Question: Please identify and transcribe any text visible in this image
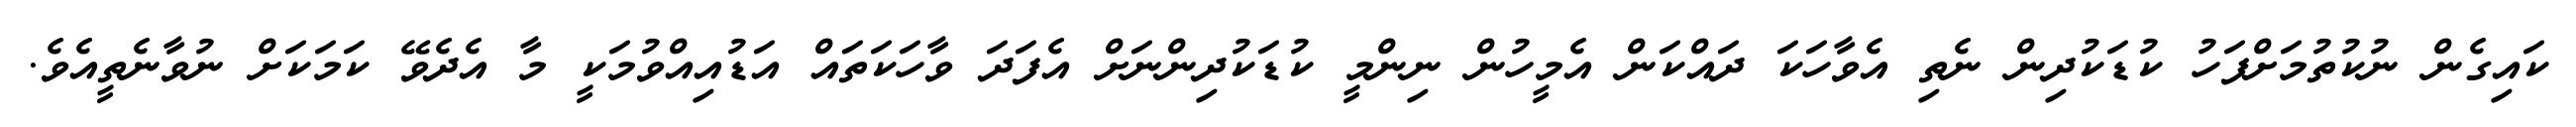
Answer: ކައިގެން ނުކުތުމަށްފަހު ކުޑަކުދިން ނެތި އެވާހަކަ ދައްކަން އެމީހުން ނިންމީ ކުޑަކުދިންނަށް އެފަދަ ވާހަކަތައް އަޑުއިއްވުމަކީ މާ އެދެވޭ ކަމަކަށް ނުވާނެތީއެވެ.